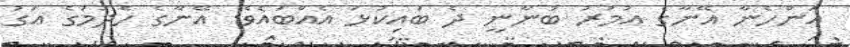
އަންހެނާ އޭނާގެ އުމުރު ބުނާނީ ދެ ބައިކުޅަ އެއްބައެވެ. އޭނާގެ ހެދުމުގެ އަގު